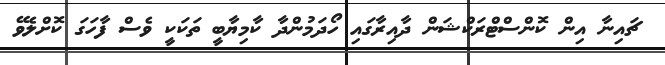
ޗައިނާ އިން ކޮންސްޓްރަކްޝަން ދާއިރާގައި ހޯދަމުންދާ ކާމިޔާބީ ތަކަކީ ވެސް ފާހަގަ ކޮށްލެވޭ